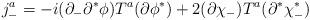
LaTeX: \begin{align*}j^a_- = -i (\partial_- \partial^* \phi) T^a (\partial \phi^*) + 2 (\partial \chi_-) T^a (\partial^* \chi^*_-)\end{align*}